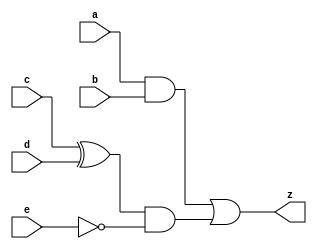
module T12_simple_combination_logic_with_always (
    input a, b, c, d, e,
    output reg z);
    
    always @(a or b or c or d or e) begin
        z = ((a & b) | ((c^d) & ~e));
    end

endmodule

module T12_Tb_simple_combination_logic;

    reg a, b, c, d, e;
    wire z;

    integer i;

    T12_simple_combination_logic_with_always Tb(.a(a), .b(b), .c(c), .d(d), .e(e), .z(z));

    initial begin
        
        {a, b, c, d, e} <= 0;

        $monitor("a :%0b b :%0b c :%0b d :%0b e :%0b z :%0b", a, b, c, d, e, z);
                    
        for (i = 0; i < 32; i = i + 1) begin
            {a, b, c, d, e} = i;
            #10;
        end
    end
    
endmodule